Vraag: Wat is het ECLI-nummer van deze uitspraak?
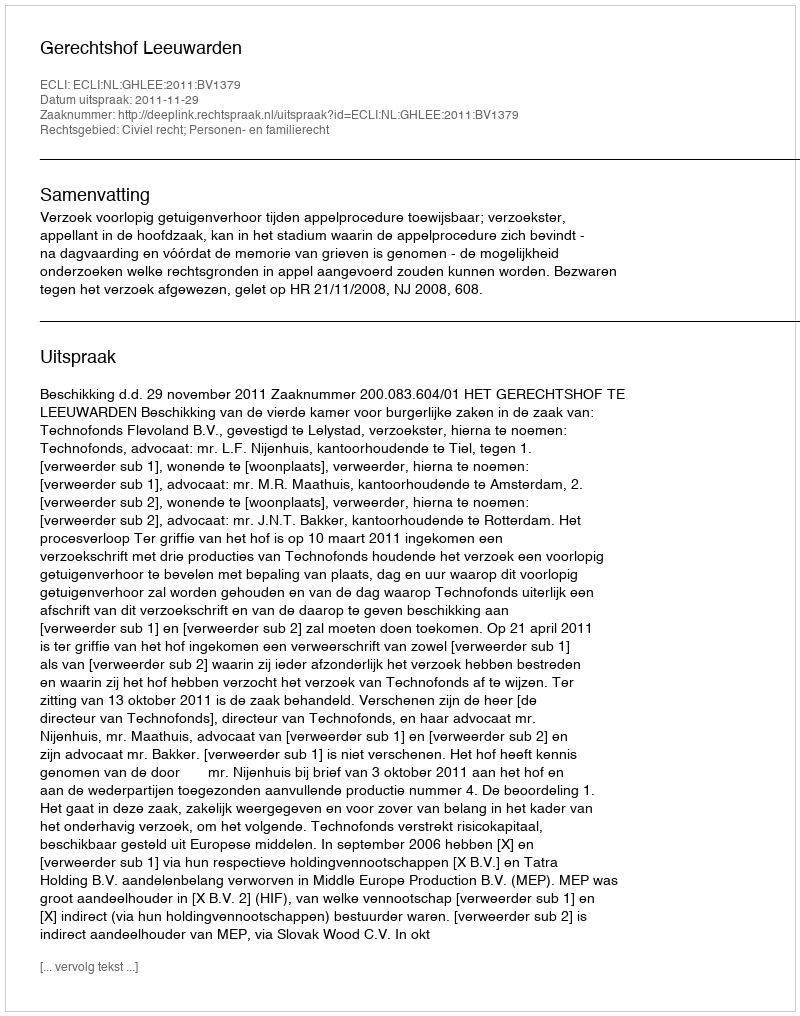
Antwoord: ECLI:NL:GHLEE:2011:BV1379